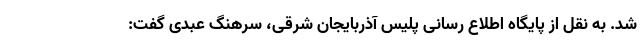
شد. به نقل از پایگاه اطلاع رسانی پلیس آذربایجان شرقی، سرهنگ عبدی گفت: